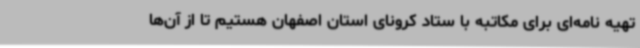
تهیه نامه‌ای برای مکاتبه با ستاد کرونای استان اصفهان هستیم تا از آن‌ها